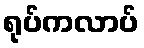
ရုပ်ကလာပ်